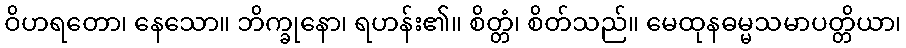
ဝိဟရတော၊ နေသော။ ဘိက္ခုနော၊ ရဟန်း၏။ စိတ္တံ၊ စိတ်သည်။ မေထုနဓမ္မသမာပတ္တိယာ၊